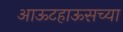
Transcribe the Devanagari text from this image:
आऊटहाऊसच्या